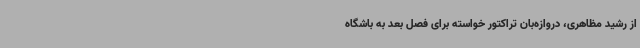
از رشید مظاهری، دروازه‌بان تراکتور خواسته برای فصل بعد به باشگاه